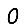
Digit: 0